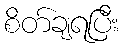
စိတ်ချရပြီး